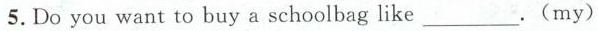
5.Do you want to buy a schoolbag like___.(my)